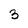
Character: 3